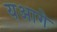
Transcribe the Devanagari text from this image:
यआगे